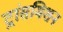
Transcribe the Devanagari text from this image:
ट्रांसमिशन